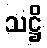
သဋ္ဌိ